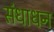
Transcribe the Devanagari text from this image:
संधाधन